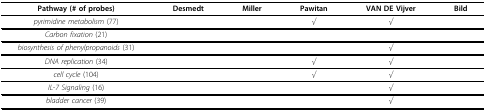
<table><thead><tr><td><b>Pathway (# of probes)</b></td><td><b>Desmedt</b></td><td><b>Miller</b></td><td><b>Pawitan</b></td><td><b>VAN DE Vijver</b></td><td><b>Bild</b></td></tr></thead><tbody><tr><td><i>pyrimidine metabolism </i>(77)</td><td>[EMPTY_CELL]</td><td>[EMPTY_CELL]</td><td><i>√</i></td><td><i>√</i></td><td>[EMPTY_CELL]</td></tr><tr><td><i>Carbon fixation </i>(21)</td><td>[EMPTY_CELL]</td><td>[EMPTY_CELL]</td><td>[EMPTY_CELL]</td><td>[EMPTY_CELL]</td><td>[EMPTY_CELL]</td></tr><tr><td><i>biosynthesis of phenylpropanoids </i>(31)</td><td>[EMPTY_CELL]</td><td>[EMPTY_CELL]</td><td>[EMPTY_CELL]</td><td><i>√</i></td><td>[EMPTY_CELL]</td></tr><tr><td><i>DNA replication </i>(34)</td><td>[EMPTY_CELL]</td><td>[EMPTY_CELL]</td><td><i>√</i></td><td><i>√</i></td><td>[EMPTY_CELL]</td></tr><tr><td><i>cell cycle </i>(104)</td><td>[EMPTY_CELL]</td><td>[EMPTY_CELL]</td><td><i>√</i></td><td><i>√</i></td><td>[EMPTY_CELL]</td></tr><tr><td><i>IL-7 Signaling </i>(16)</td><td>[EMPTY_CELL]</td><td>[EMPTY_CELL]</td><td>[EMPTY_CELL]</td><td><i>√</i></td><td>[EMPTY_CELL]</td></tr><tr><td><i>bladder cancer </i>(39)</td><td>[EMPTY_CELL]</td><td>[EMPTY_CELL]</td><td>[EMPTY_CELL]</td><td><i>√</i></td><td>[EMPTY_CELL]</td></tr></tbody></table>